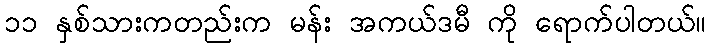
၁၁ နှစ်သားကတည်းက မန်း အကယ်ဒမီ ကို ရောက်ပါတယ်။